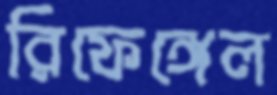
রিফেঙ্গেল